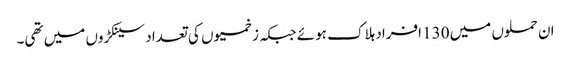
ان حملوں میں 130 افراد ہلاک ہوئے جبکہ زخمیوں کی تعداد سینکڑوں میں تھی۔